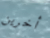
أخرين